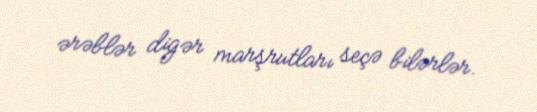
ərəblər digər marşrutları seçə bilərlər.